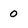
Character: 0